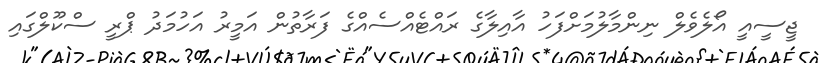
ޖީސީއީ އޯލެވެލް ނިންމާލުމަށްފަހު އާއިލާގެ ރައްޓެއްސެއްގެ ފަރާތުން އަމީރު އަހުމަދު ޕްރީ ސްކޫލްގައި